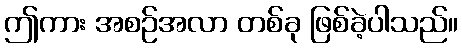
ဤကား အစဉ်အလာ တစ်ခု ဖြစ်ခဲ့ပါသည်။